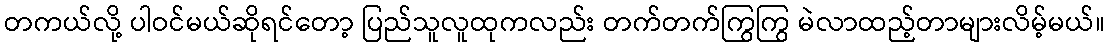
တကယ်လို့ ပါဝင်မယ်ဆိုရင်တော့ ပြည်သူလူထုကလည်း တက်တက်ကြွကြွ မဲလာထည့်တာများလိမ့်မယ်။